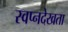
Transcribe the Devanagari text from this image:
स्वप्नदेखता